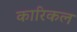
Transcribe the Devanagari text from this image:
कारिकल